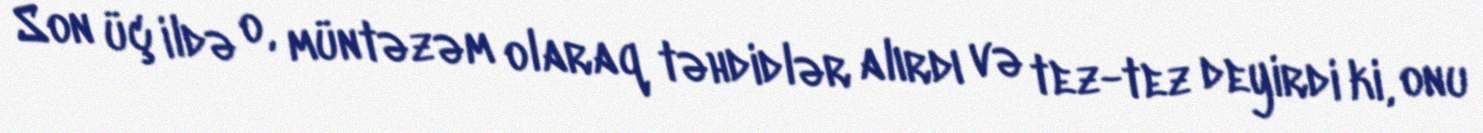
Son üç ildə o, müntəzəm olaraq təhdidlər alırdı və tez-tez deyirdi ki, onu